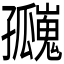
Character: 𪧄